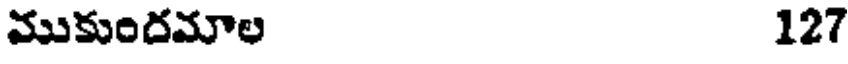
ముకుందమాల 127